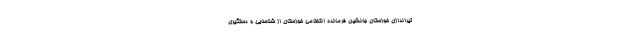
تیراندازی خوزستان جانشین فرمانده انتظامی خوزستان از شناسایی و دستگیری